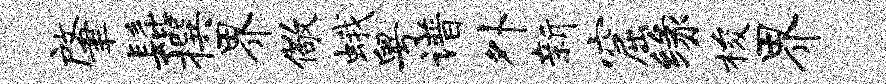
肇髭撰界儆蛾粤谱外新窟缘梭界